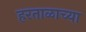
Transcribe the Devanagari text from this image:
हरताळाच्या